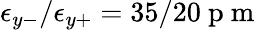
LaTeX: \epsilon_{y-}/\epsilon_{y+}=35/20\mathrm{~p~m~}